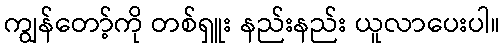
ကျွန်တော့်ကို တစ်ရှူး နည်းနည်း ယူလာပေးပါ။